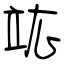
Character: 竑